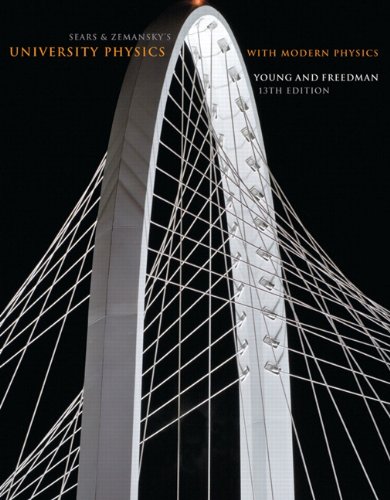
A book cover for University Physics with Modern Physics (13th Edition); Hugh D. Young; Science & Math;